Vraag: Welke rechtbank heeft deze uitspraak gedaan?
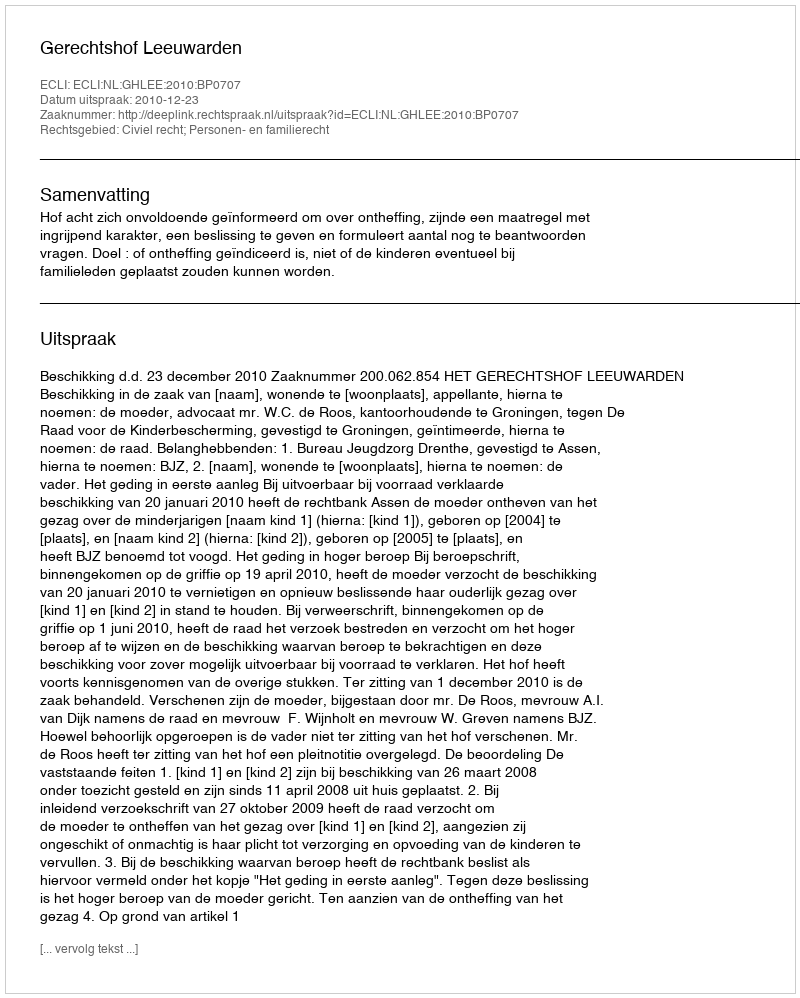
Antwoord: Gerechtshof Leeuwarden